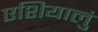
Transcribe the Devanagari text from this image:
एशियालुं